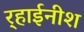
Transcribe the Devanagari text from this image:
र्‍हाईनीश